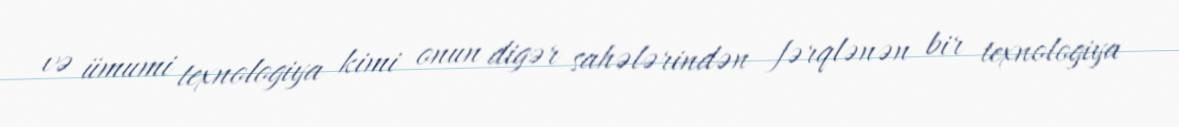
və ümumi texnologiya kimi onun digər sahələrindən fərqlənən bir texnologiya